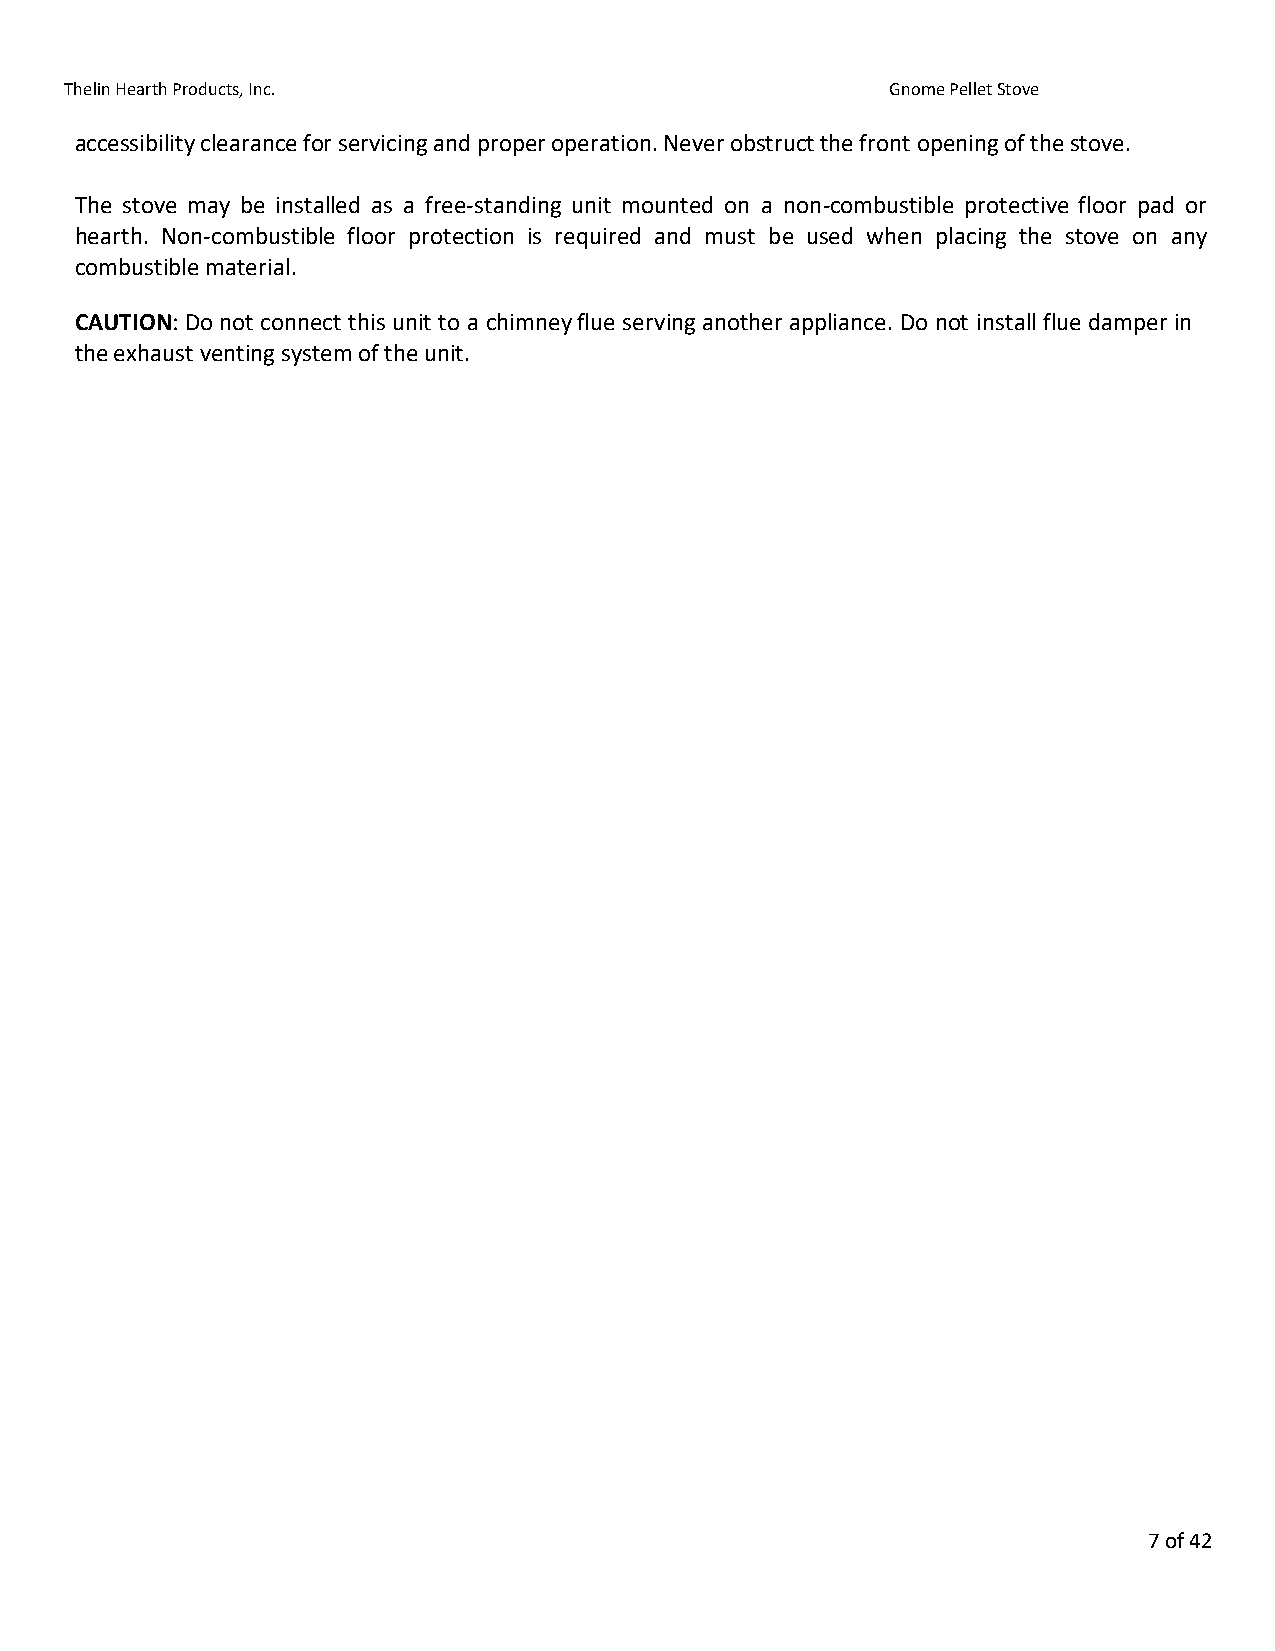
Thelin Hearth Products, Inc.                           Gnome Pellet Stove
 accessibility clearance for servicing and proper operation. Never obstruct the front opening of the stove.
 The stove may be installed as a free-standing unit mounted on a non-combustible protective floor pad or
 hearth. Non-combustible floor protection is required and must be used when placing the stove on any
 combustible material.
 CAUTION: Do not connect this unit to a chimney flue serving another appliance. Do not install flue damper in
 the exhaust venting system of the unit.
 7 of 42